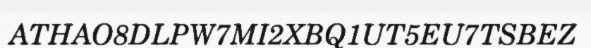
ATHAO8DLPW7MI2XBQ1UT5EU7TSBEZ